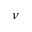
\nu